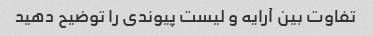
تفاوت بین آرایه و لیست پیوندی را توضیح دهید